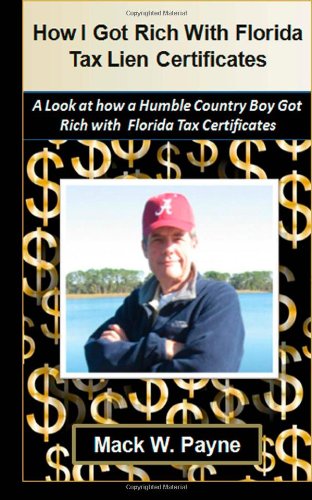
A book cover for How I Got Rich With Florida Tax Lien Certificates: A step by step look at how a humble country boy got rich with Florida Tax Certificates; Mack W. Payne; Business & Money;